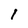
Character: I